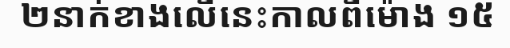
២នាក់ខាងលើនេះកាលពីម៉ោង ១៥